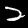
Label: 2